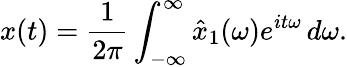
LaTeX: x(t)={\frac{1}{2\pi}}\int_{-\infty}^{\infty}{\hat{x}}_{1}(\omega)e^{it\omega}\, d\omega.